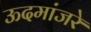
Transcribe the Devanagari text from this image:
ऊदमांजरे